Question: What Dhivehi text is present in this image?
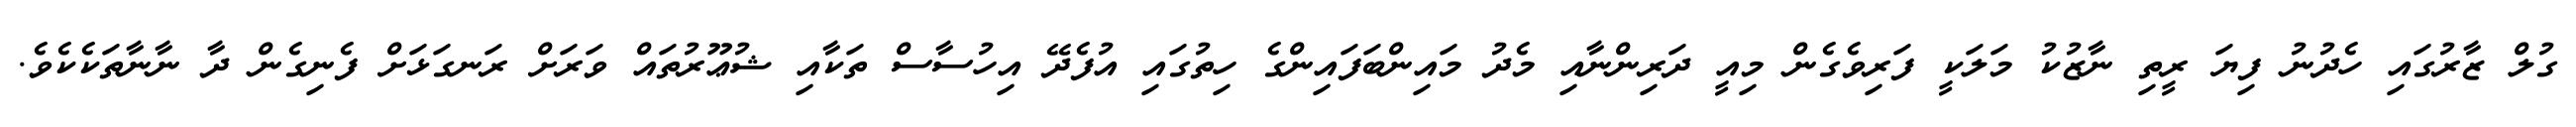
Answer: ގުލް ޒާރުގައި ހެދުނު ފިޔަ ރީތި ނާޒުކު މަލަކީ ފަރިވެގެން މިއީ ދަރިންނާއި މެދު މައިންބަފައިންގެ ހިތުގައި އުފެދޭ އިހުސާސް ތަކާއި ޝުޢޫރުތައް ވަރަށް ރަނގަޅަށް ފެނިގެން ދާ ނާނާތަކެކެވެ.